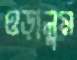
ওড়ালুম